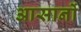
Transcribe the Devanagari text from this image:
आसानों